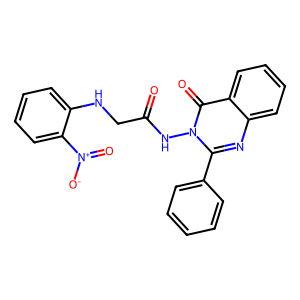
SMILES: O=C(CNc1ccccc1[N+](=O)[O-])Nn1c(-c2ccccc2)nc2ccccc2c1=O
Inhibits HIV replication: No